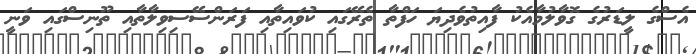
އެސްގެ ލީޑަރުގެ ގޮވާލުމާއެކު ފާއިތުވެދިޔަ ހަފްތާ ތެރޭގައި ކުވައިތާއި ފަރަންސޭސިވިލާތާއި ތޫނިސްގައި ވަނީ